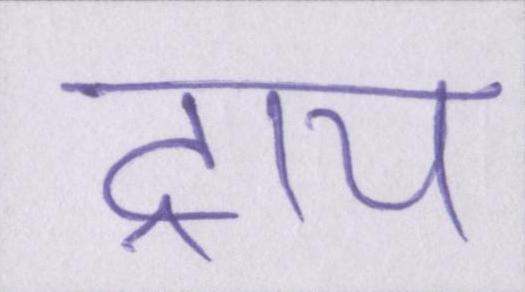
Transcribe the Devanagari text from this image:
ट्राय